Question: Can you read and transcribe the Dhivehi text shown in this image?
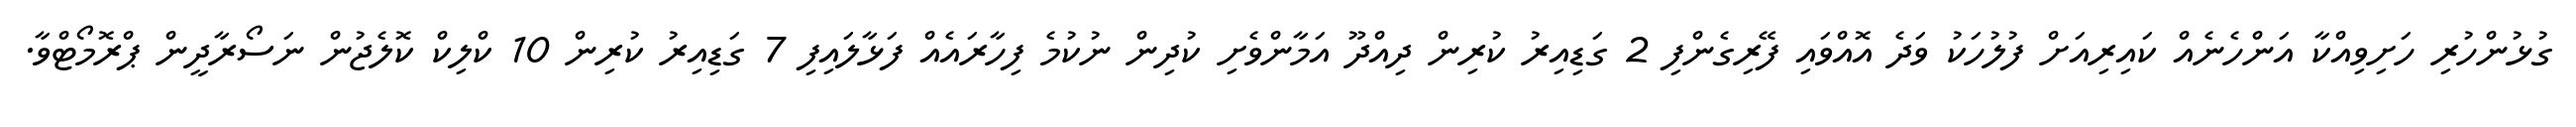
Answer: ގުޅުންހުރި ހަށިވިއްކާ އަންހެނެއް ކައިރިއަށް ފުލުހަކު ވަދެ އޮއްވައި ފޭރިގެންފި 2 ގަޑިއިރު ކުރިން ދިއްދޫ އަމާންވެށި ކުދިން ނުކުމެ ފިހާރައެއް ފަޅާލައިފި 7 ގަޑިއިރު ކުރިން 10 ކްލިކް ކޮލެޖުން ނަސޯރާދީން ޕްރޮމޯޓްވާ.